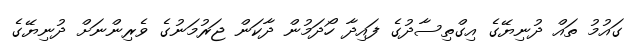
ގައުމު ތައް ދުނިޔޭގެ އިގްތިސާދުގެ ފައިދާ ހޯދަމުން ދާކަން ޖަރުމަނުގެ ވެރިންނަށް ދުނިޔޭގެ